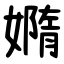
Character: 嫷